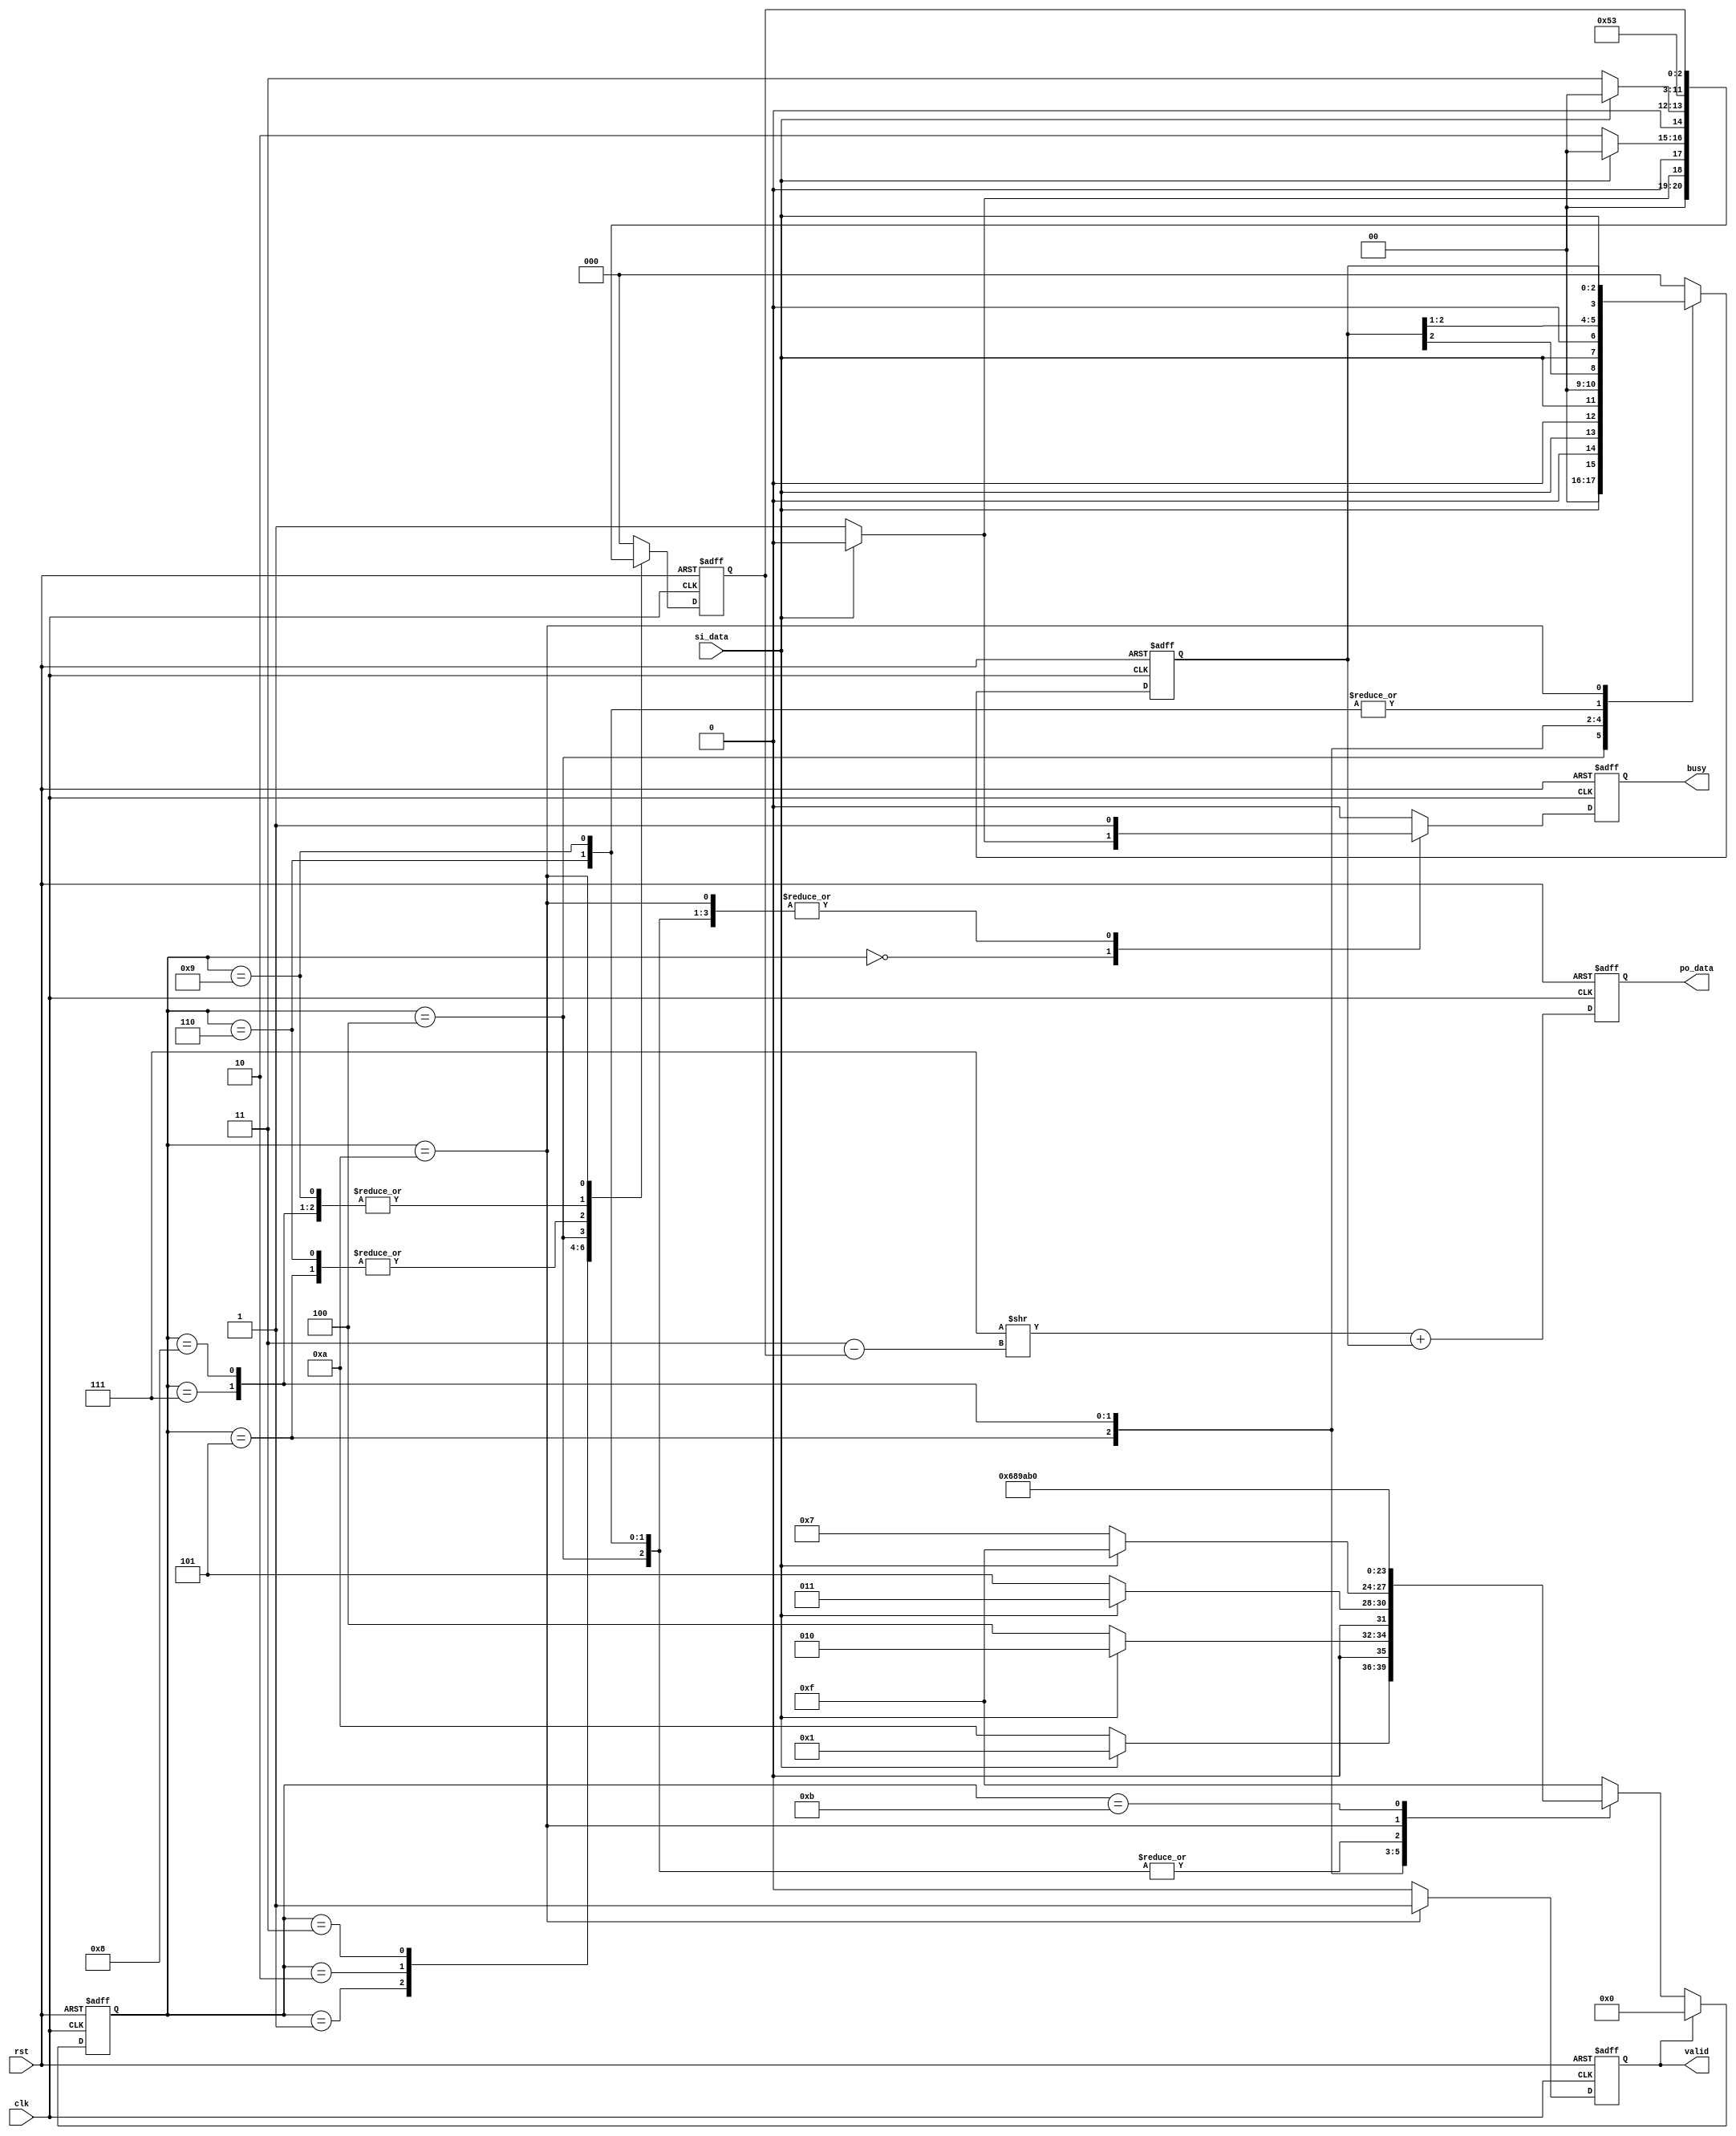
module EGD(
	input clk,
	input rst,
	input si_data,
	output reg valid,	
	output reg [3:0] po_data,
	output reg busy
);
// write your code...
// you can modify the output port to reg if you want
	wire [3:0]next_po_data;
	wire [2:0] perfix;
	reg [2:0]offset,next_offset;

	reg next_valid;
	reg next_busy;


	reg [3:0] cs,ns;
	reg [2:0] m,next_m;

	assign perfix= 3'b111>>(3'd3-m);
	assign next_po_data=perfix+offset;
	

	always @(posedge clk or posedge rst) 
	begin
		if (rst) 
		begin
			valid <=1'b0;
			po_data <=4'b0;
			busy <=1'b0;	
		end	
		else
		begin
			valid <=next_valid;
			po_data <=next_po_data;
			busy <=next_busy;
		end
	end

	always @(posedge clk or posedge rst) 
	begin
		if (rst) 
		begin
			cs<=4'd11;	
		end	
		else
		begin
			if (valid) 
			begin
				cs<=4'b0;	
			end
			else
			begin
				cs<=ns;					
			end
		end
	end

	always @(posedge clk or posedge rst) 
	begin
		if (rst) 
		begin
			m<=3'd0;	
		end	
		else
		begin
			/*
			if (ns==4'd11) 				//cs==4'd11
			begin
				m<=m;	
			end
			else
			begin
				m<=next_m;
			end
			*/
			m<=next_m;
		end
	end

	always @(posedge clk or posedge rst) 
	begin
		if (rst) 
		begin
			offset<=3'd0;	
		end	
		else
		begin
			offset<=next_offset; 
		end
	end

	always @(*) 
	begin
		next_valid=1'b0;
		next_busy=1'b0;
		next_m=3'd0;
		next_offset=3'd0;
		case (cs)
			4'd0:
			begin
				if (si_data) 
				begin
					ns=4'd1;	
				end
				else
				begin
					ns=4'd10;
					next_busy=1'b1;
					next_m=3'd0;
				end		

			end 
			4'd1:
			begin
				if (si_data) 
				begin
					ns=4'd2;	
				end
				else
				begin
					ns=4'd4;
					next_m=3'd1;
				end	
			end
			4'd2:
			begin
				if (si_data) 
				begin
					ns=4'd3;	
				end
				else
				begin
					ns=4'd5;
					next_m=3'd2;
				end	
			end
			4'd3:
			begin
				if (si_data) 
				begin
					ns=4'd15;			//error state
				end
				else
				begin
					ns=4'd7;
					next_m=3'd3;

				end
			end
			4'd4:
			begin
				next_busy=1'b1;
				ns=4'd10;
				next_m=3'd1;
				next_offset={2'b00,si_data};
			end
			4'd5:
			begin
				ns=4'd6;
				next_m=3'd2;
				next_offset={1'b0,si_data,1'b0};				
			end
			4'd6:
			begin
				ns=4'd10;	
				next_busy=1'b1;
				next_m=3'd2;
				next_offset={offset[2:1],si_data};
			end
			4'd7:
			begin
				ns=4'd8;
				next_m=3'd3;	
				next_offset={si_data,2'b00};
			end
			4'd8:
			begin
				ns=4'd9;
				next_m=3'd3;				
				next_offset={offset[2],si_data,1'b0};
			end
			4'd9:
			begin
				ns=4'd10;
				next_busy=1'b1;
				next_m=3'd3;	
				next_offset={offset[2:1],si_data};
			end
			4'd10:
			begin
				ns=4'd11;
				next_busy=1'b1;
				next_valid=1'b1;
				next_m=m;	
				next_offset=offset;
			end
			4'd11:
			begin
				ns=4'd0;
				next_busy=1'b0;
				next_valid=1'b0;
			end
			default:
			begin
				ns=4'd15;
			end
		endcase	
	end





endmodule